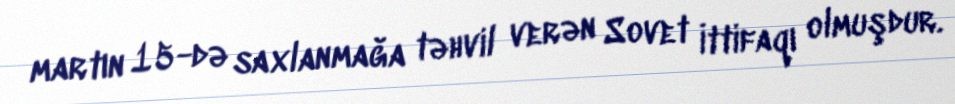
martın 15-də saxlanmağa təhvil verən Sovet İttifaqı olmuşdur.